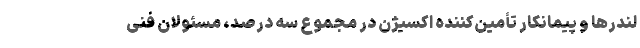
لندرها و پیمانکار تأمین‌کننده اکسیژن در مجموع سه درصد، مسئولان فنی